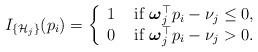
LaTeX: \begin{align*}I_{\{\mathcal{H}_j\}}(p_i) = \left\{\begin{array}{lll} 1 & \mbox{ if } \boldsymbol{\omega}_j^\top p_i-\nu_j \leq 0,\\ 0 & \mbox{ if } \boldsymbol{\omega}_j^\top p_i-\nu_j > 0. \end{array}\right.\end{align*}